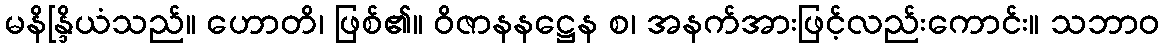
မနိန္ဒြိယံသည်။ ဟောတိ၊ ဖြစ်၏။ ဝိဇာနနဋ္ဌေန စ၊ အနက်အားဖြင့်လည်းကောင်း။ သဘာဝ